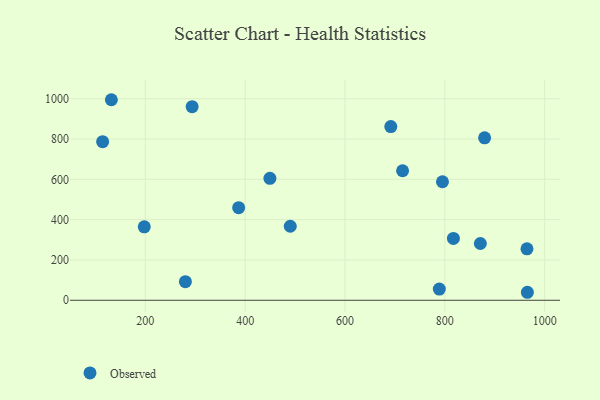
{"axis": {"x": "Speed", "y": "Exam Score"}, "legend": ["Observed"], "data": [{"x": "789.0", "y": 55.5, "type": "Observed"}, {"x": "197.9", "y": 364.5, "type": "Observed"}, {"x": "964.6", "y": 255.2, "type": "Observed"}, {"x": "449.6", "y": 605.0, "type": "Observed"}, {"x": "691.8", "y": 861.7, "type": "Observed"}, {"x": "879.7", "y": 805.6, "type": "Observed"}, {"x": "293.8", "y": 960.2, "type": "Observed"}, {"x": "965.4", "y": 39.7, "type": "Observed"}, {"x": "715.4", "y": 642.6, "type": "Observed"}, {"x": "817.2", "y": 306.6, "type": "Observed"}, {"x": "114.5", "y": 786.5, "type": "Observed"}, {"x": "280.3", "y": 92.2, "type": "Observed"}, {"x": "795.3", "y": 588.0, "type": "Observed"}, {"x": "132.0", "y": 994.8, "type": "Observed"}, {"x": "871.2", "y": 281.6, "type": "Observed"}, {"x": "490.4", "y": 367.2, "type": "Observed"}, {"x": "387.0", "y": 459.3, "type": "Observed"}]}